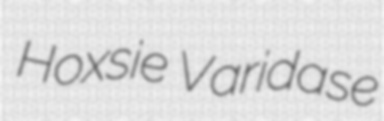
Hoxsie Varidase